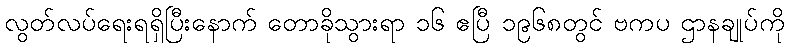
လွတ်လပ်ရေးရရှိပြီးနောက် တောခိုသွားရာ ၁၆ ဧပြီ ၁၉၆၈တွင် ဗကပ ဌာနချုပ်ကို